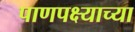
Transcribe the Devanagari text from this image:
पाणपक्ष्याच्या